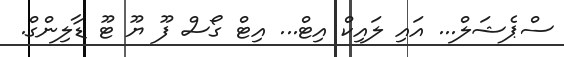
ސްޕެޝަލް... އައި ލައިކް އިޓް... އިޓް ގޯސް ފޫ ޔޫ ޓޫ ޑާލިންގް.